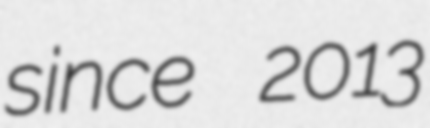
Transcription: since 2013